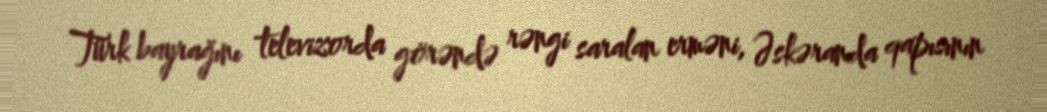
Türk bayrağını televizorda görəndə rəngi saralan erməni, Əskəranda qapısının